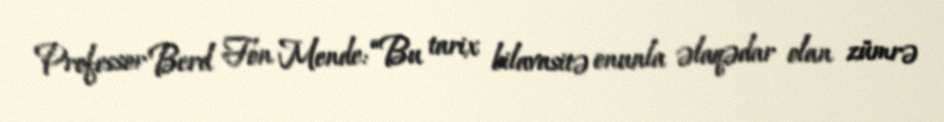
Professor Berd Fon Mende: “Bu tarix bilavasitə onunla əlaqədar olan zümrə